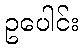
ဥပေါင်း